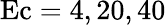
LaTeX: \mathrm{Ec}=4,20,40